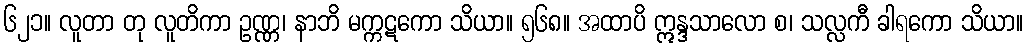
၆၂၁။ လူတာ တု လူတိကာ ဥဏ္ဏ၊ နာဘိ မက္ကဋကော သိယာ။ ၅၆၈။ အထာပိ ဣန္ဒသာလော စ၊ သလ္လကီ ခါရကော သိယာ။